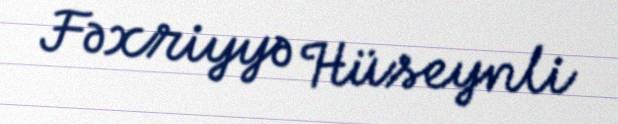
Fəxriyyə Hüseynli